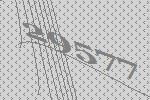
29577